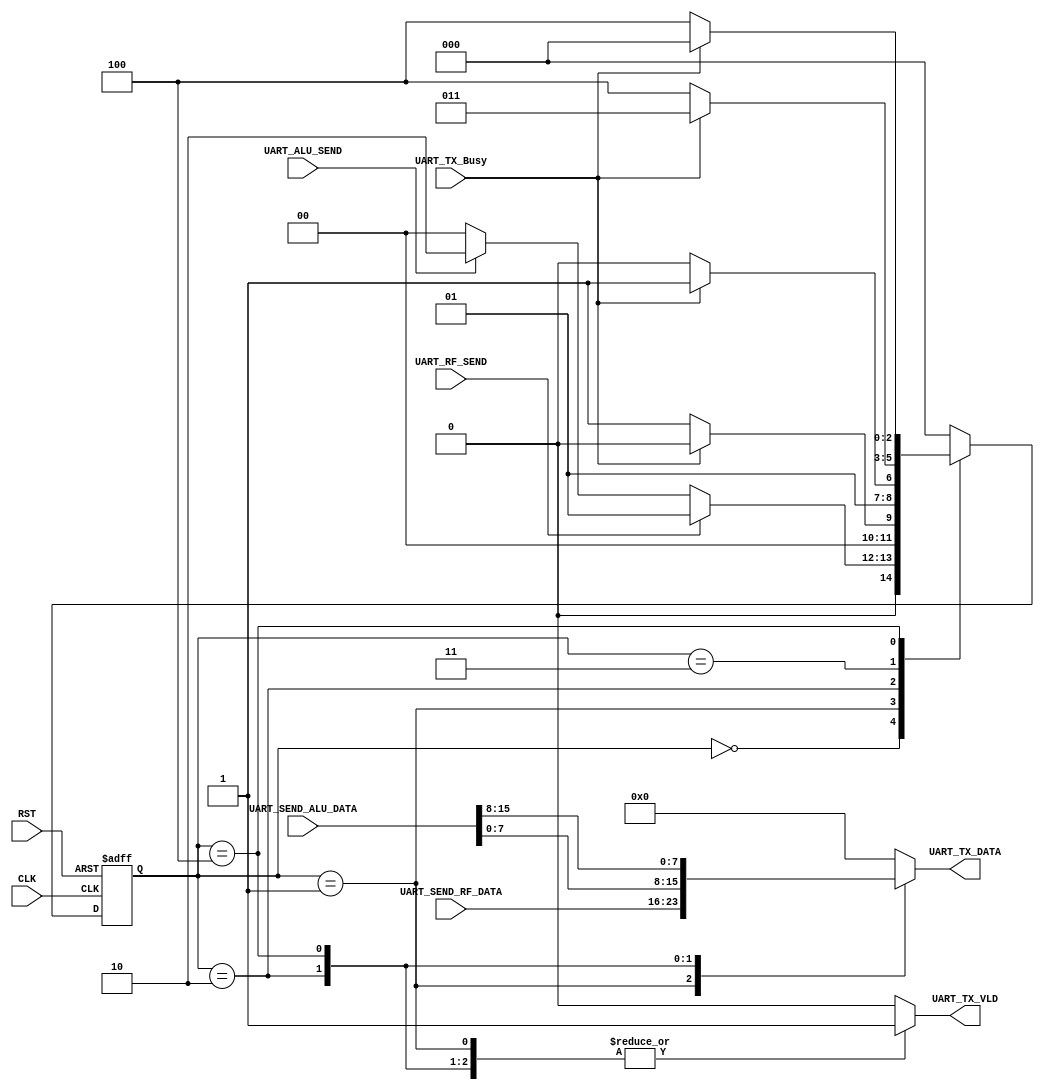

module CTRL_TX #(parameter WIDTH = 8, ADDR = 4 )

(
input    wire                CLK,
input    wire                RST,
input    wire                UART_RF_SEND,
input    wire  [WIDTH-1:0]   UART_SEND_RF_DATA,
input    wire                UART_ALU_SEND,
input    wire  [WIDTH*2-1:0] UART_SEND_ALU_DATA,
input    wire                UART_TX_Busy,
output   reg   [WIDTH-1:0]   UART_TX_DATA, 
output   reg                 UART_TX_VLD
);


// state encoding
localparam   [2:0]     IDLE             = 3'b000 ,
                       UART_RF_SEND_S   = 3'b001 ,
                       UART_ALU0_SEND_S = 3'b010 ,
                       WAIT_UART_BUST   = 3'b011 ,					   
                       UART_ALU1_SEND_S = 3'b100 ;
					   
reg          [2:0]     current_state , 
                       next_state    ;
					   
//state transiton 
always @ (posedge CLK or negedge RST)
 begin
  if(!RST)
   begin
    current_state <= IDLE ;
   end
  else
   begin
    current_state <= next_state ;
   end
 end
 

// next state logic
always @ (*)
 begin
  next_state = IDLE ;
  case(current_state)
  IDLE   	   : begin
				  if(UART_RF_SEND)
			        begin
					 next_state = UART_RF_SEND_S ;
				    end
				  else if (UART_ALU_SEND)
				    begin
					 next_state = UART_ALU0_SEND_S ;
				    end
				  end			  							  			
  UART_RF_SEND_S  : begin
			         if (UART_TX_Busy)  
			           next_state = IDLE ;
                     else	
			           next_state = UART_RF_SEND_S ;					 
                    end	
  UART_ALU0_SEND_S: begin
			         if (UART_TX_Busy)
			           next_state = WAIT_UART_BUST ;
                     else
 			           next_state = UART_ALU0_SEND_S ;						 
                    end
  WAIT_UART_BUST  : begin
			         if (!UART_TX_Busy)
			           next_state = UART_ALU1_SEND_S ;
                     else
 			           next_state = WAIT_UART_BUST ;						 
                    end					
  UART_ALU1_SEND_S: begin
			         if (UART_TX_Busy)  
			           next_state = IDLE ;
                     else	
			           next_state = UART_ALU1_SEND_S ;					 	  
                    end					  
  default     : begin
			      next_state = IDLE ; 
                end	
  endcase                 	   
 end 

// output logic
always @ (*)
 begin
   UART_TX_VLD   = 1'b0 ;
   UART_TX_DATA  = 'b0 ;   	  
  case(current_state)
  IDLE   	      : begin
                      UART_TX_DATA  = 'b0 ; 
                      UART_TX_VLD = 1'b0 ;	
				    end			  							  			
  UART_RF_SEND_S  : begin
                      UART_TX_DATA  = UART_SEND_RF_DATA ; 
                      UART_TX_VLD = 1'b1 ;			   	  
                    end
  UART_ALU0_SEND_S: begin
                      UART_TX_DATA  = UART_SEND_ALU_DATA [WIDTH-1:0] ; 
                      UART_TX_VLD = 1'b1 ;
                    end					  
  WAIT_UART_BUST  : begin
                      UART_TX_DATA  = 'b0 ;   
                      UART_TX_VLD = 1'b0 ;			  
                    end	
  UART_ALU1_SEND_S: begin
                      UART_TX_DATA  = UART_SEND_ALU_DATA [WIDTH*2-1:WIDTH] ; 
                      UART_TX_VLD = 1'b1 ;			  
                    end	
  default     : begin
                  UART_TX_VLD = 1'b0 ;	
                end	
  endcase                 	   
 end 




endmodule